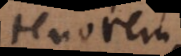
tenorem